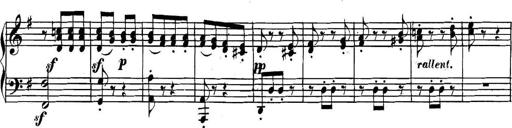
Title: Collected Piano Sonatas
Composer: Muzio Clementi